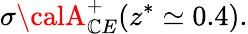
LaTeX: \sigma{\calA}_{\mathbb{C}E}^{+}(z^{*}\simeq0.4).